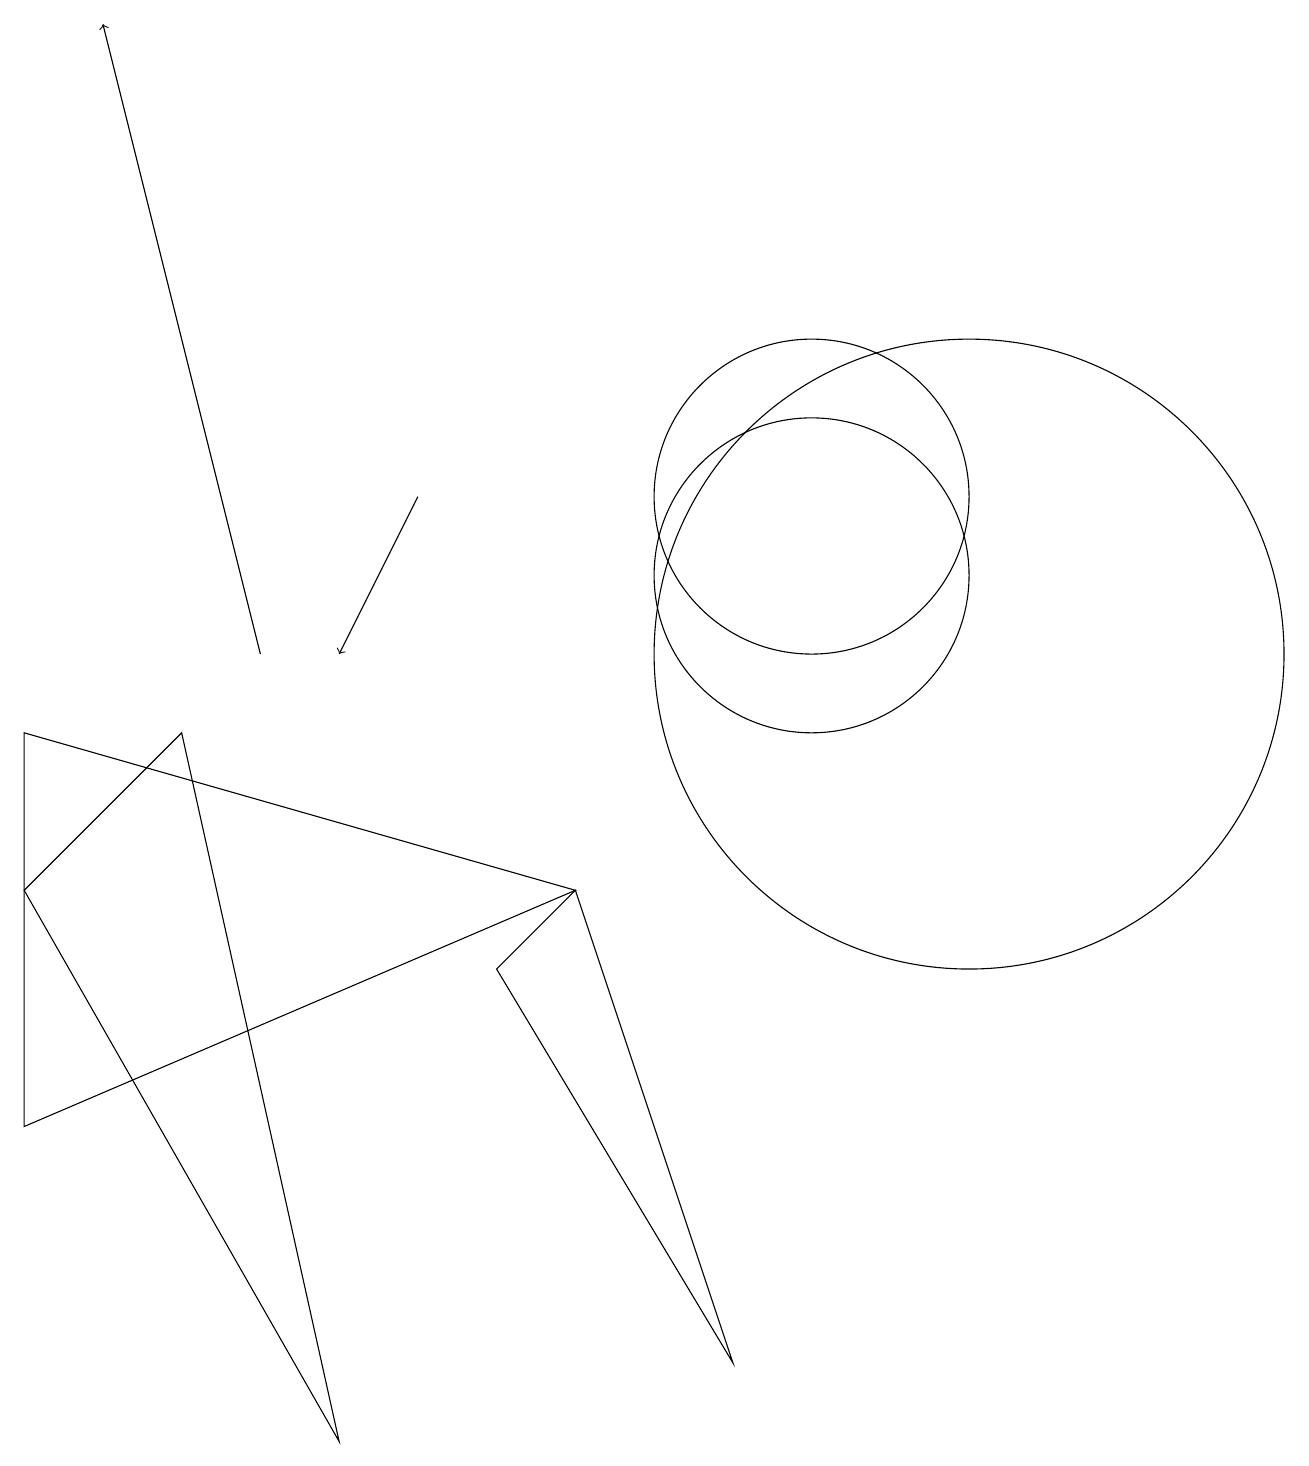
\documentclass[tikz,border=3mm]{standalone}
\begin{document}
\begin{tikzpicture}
\draw (10,11) circle (2);
\draw (0,4) -- (7,7) -- (0,9) -- cycle;
\draw (10,12) circle (2);
\draw (4,0) -- (2,9) -- (0,7) -- cycle;
\draw[->] (3,10) -- (1,18);
\draw[->] (5,12) -- (4,10);
\draw (9,1) -- (7,7) -- (6,6) -- cycle;
\draw (12,10) circle (4);
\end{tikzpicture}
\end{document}